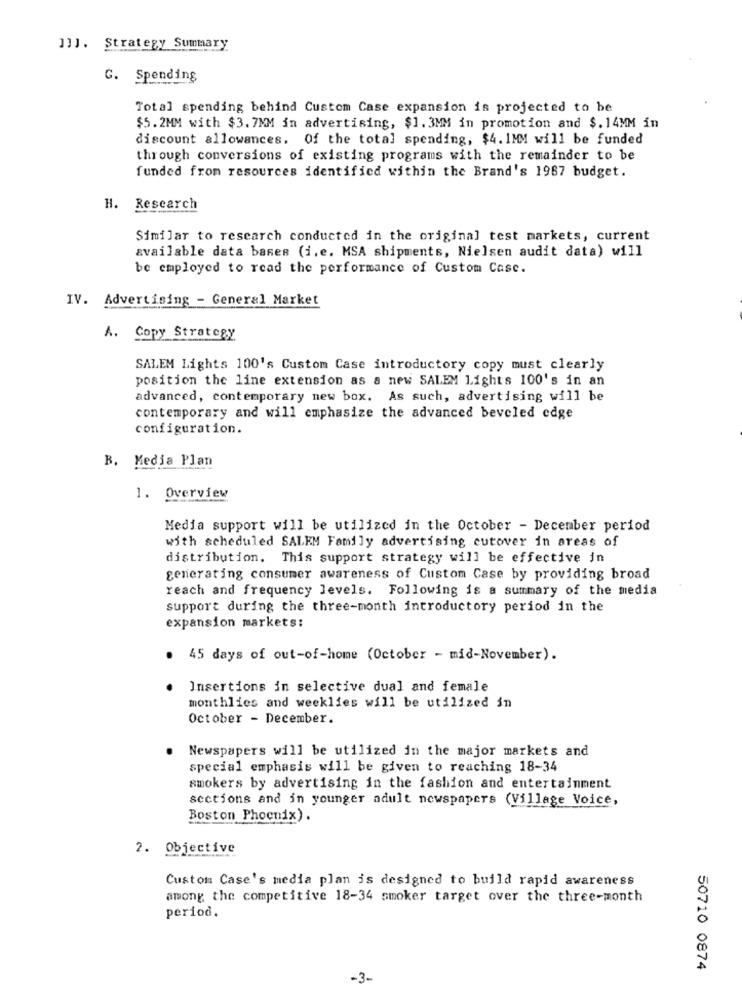
]]]. Strategy Summary
G. Spending
Total spending behind Custom Case expansion is projected to be
$5.2MM with $3. 7MM in advertising, $1.3MM in promotion and $.14MM in
discount allowances. Of the total spending, $4. 1MM will be funded
through conversions of existing programs with the remainder to be
funded from resources identified within the Brand's 1987 budget.
H. Research
Similar to research conducted in the original test markets, current
available data bases (i. e. MSA shipments, Nielsen audit data) will
be employed to read the performance of Custom Case.
IV. Advertising - General Market
A. Copy Strategy
SALEM Lights 100's Custom Case introductory copy must clearly
position the line extension as a new SALEM Lights 100's in an
advanced, contemporary new box. As such, advertising will be
contemporary and will emphasize the advanced beveled edge
configuration.
B. Media Plan
1. Overview
Media support will be utilized in the October - December period
with scheduled SALKM Family advertising cutover in areas of
distribution. This support strategy will be effective in
generating consumer awareness of Custom Case by providing broad
reach and frequency levels. Following is a summary of the media
support during the three-month introductory period in the
expansion markets:
45 days of out-of-home (October - mid-November).
Insertions in selective dual and female
monthlies and weeklies will be utilized in
October - December.
Newspapers will be utilized in the major markets and
special emphasis will be given to reaching 18-34
smokers by advertising in the fashion and entertainment
sections and in younger adult newspapers (Village Voice,
Boston Phoenix).
2. Objective
Custom Case's media plan is designed to build rapid awareness
among the competitive 18-34 smoker target over the three-month
period.
50710 0874
-3-